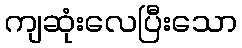
ကျဆုံးလေပြီးသော